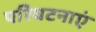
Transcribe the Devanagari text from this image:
परिघटनाएं